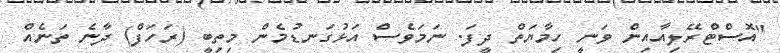
"އޮސްޓްރޭލިއާއިން ވަނީ ހިމާޔަތް ދީފަ. ނަމަވެސް އަޅުގަނޑުމެން މިތިބީ (ރަހަފް) ދާނެ ތަނެއް